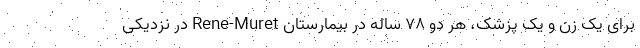
برای یک زن و یک پزشک، هر دو ۷۸ ساله در بیمارستان Rene-Muret در نزدیکی